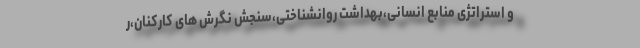
و استراتژی منابع انسانی،بهداشت روانشناختی،سنجش نگرش های کارکنان،ر